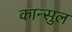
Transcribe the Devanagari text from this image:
कान्सुल